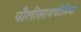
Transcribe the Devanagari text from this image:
पौलीसायथीमिया